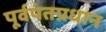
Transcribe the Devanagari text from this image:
पूर्वपंतप्रधान